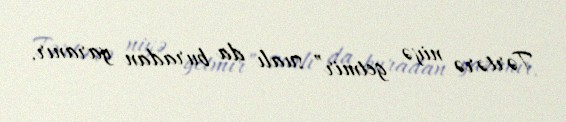
Tərtərə niyə getmir” sualı da buradan yaranır.